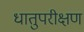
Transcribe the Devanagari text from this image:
धातुपरीक्षण